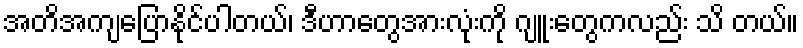
အတိအကျပြောနိုင်ပါတယ်၊ ဒီဟာတွေအားလုံးကို ဂျူးတွေကလည်း သိ တယ်။